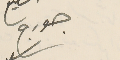
جورج